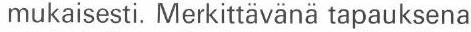
 mukaisesti. Merkittävänä tapauksena